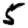
Digit: 5